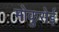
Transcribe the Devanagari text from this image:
मोकुसेई